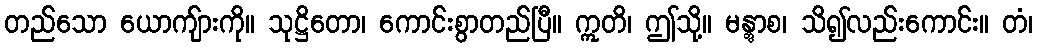
တည်သော ယောကျ်ားကို။ သုဋ္ဌိတော၊ ကောင်းစွာတည်ပြီ။ ဣတိ၊ ဤသို့။ မန္တွာစ၊ သိ၍လည်းကောင်း။ တံ၊